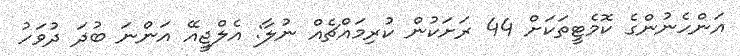
އަންހެނުންގެ ކޮމެޓީތަކަށް 44 ރަށަކުން ކުރިމައްޗެއް ނުލާ: އެލްޖީއޭ އަންނަ ބުދަ ދުވަހު